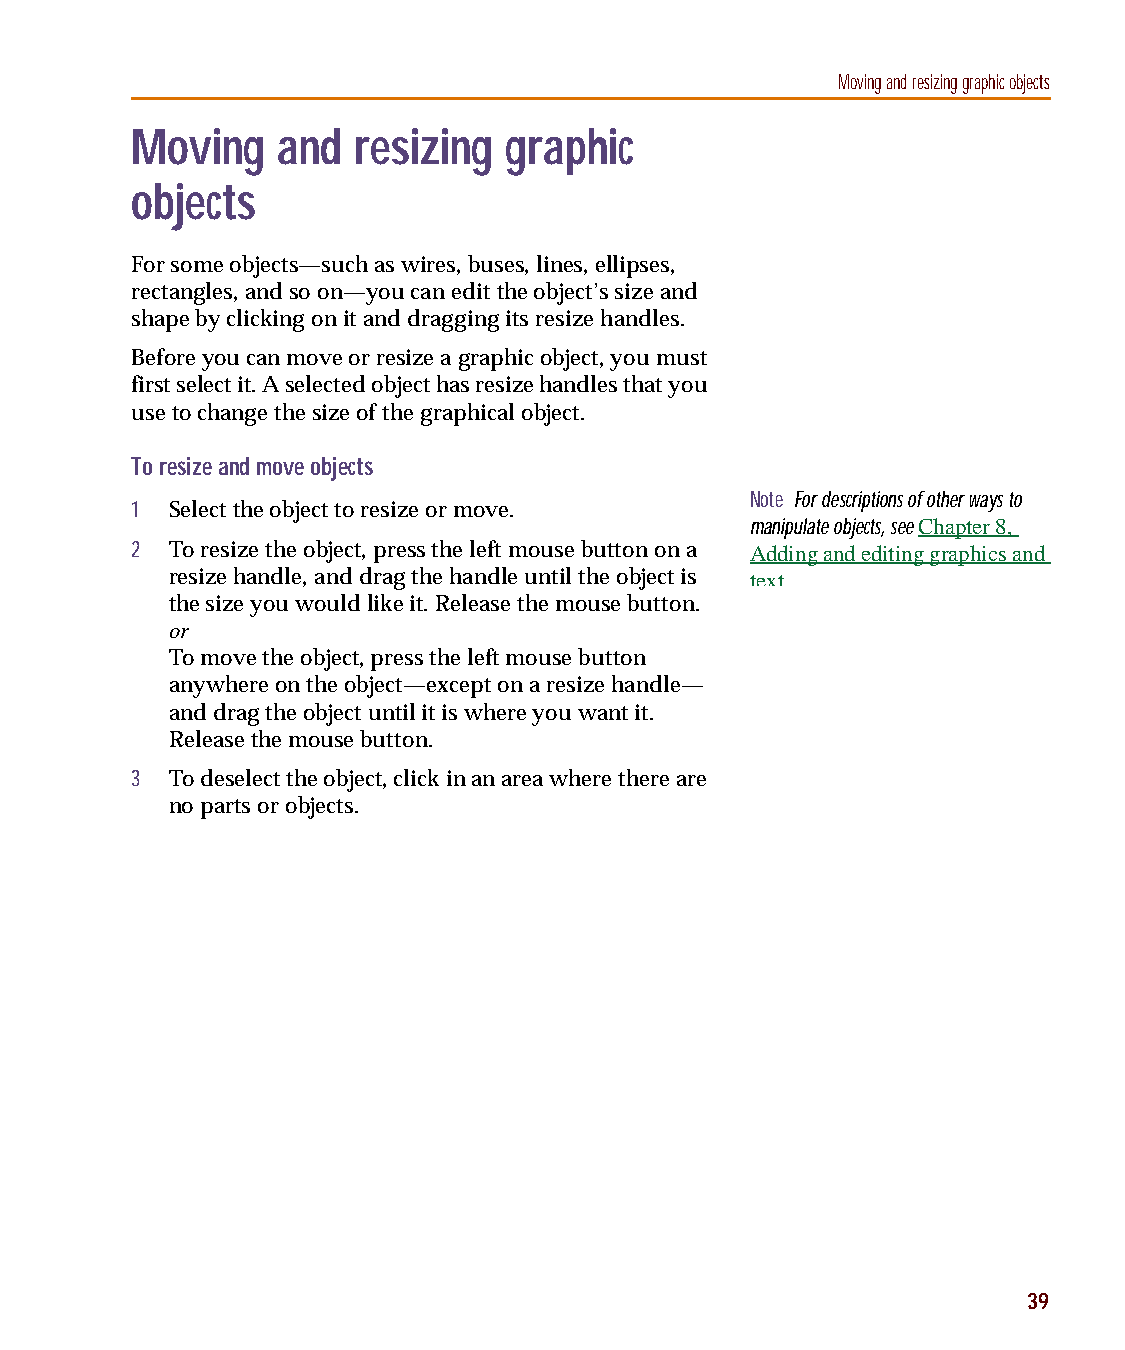
capug.book Page 39 Thursday, November 12, 1998 3:38 PM
 Moving and resizing graphic objects
 Moving   and  resizing  graphic
 objects
 For some objects—such as wires, buses, lines, ellipses,
 rectangles, and so on—you can edit the object’s size and
 shape by clicking on it and dragging its resize handles.
 Before you can move or resize a graphic object, you must
 first select it. A selected object has resize handles that you
 use to change the size of the graphical object.
 To resize and move objects
 Note For descriptions of other ways to
 1 Select the object to resize or move.
 manipulate objects, see Chapter8,
 2 To resize the object, press the left mouse button on a Adding and editing graphics and
 resize handle, and drag the handle until the object is text
 the size you would like it. Release the mouse button.
 or
 To move the object, press the left mouse button
 anywhere on the object—except on a resize handle—
 and drag the object until it is where you want it.
 Release the mouse button.
 3 To deselect the object, click in an area where there are
 no parts or objects.
 39